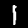
Label: 1